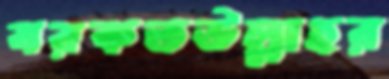
বরকতউল্লাহর